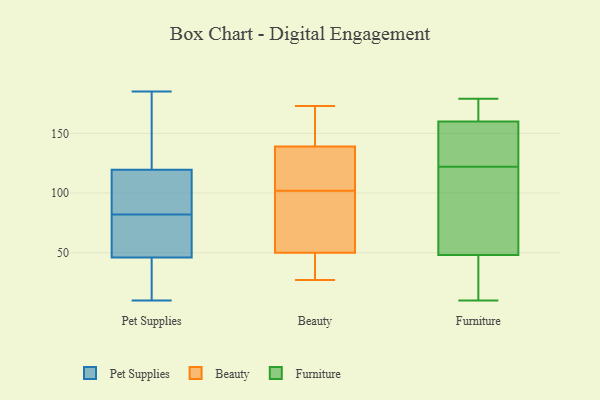
{"axis": {"x": "Budget (USD K)", "y": "Value"}, "legend": ["Beauty", "Furniture", "Pet Supplies"], "data": [{"x": "", "y": 161, "type": "Pet Supplies"}, {"x": "", "y": 93, "type": "Pet Supplies"}, {"x": "", "y": 129, "type": "Pet Supplies"}, {"x": "", "y": 32, "type": "Pet Supplies"}, {"x": "", "y": 48, "type": "Pet Supplies"}, {"x": "", "y": 78, "type": "Pet Supplies"}, {"x": "", "y": 110, "type": "Pet Supplies"}, {"x": "", "y": 30, "type": "Pet Supplies"}, {"x": "", "y": 139, "type": "Pet Supplies"}, {"x": "", "y": 185, "type": "Pet Supplies"}, {"x": "", "y": 10, "type": "Pet Supplies"}, {"x": "", "y": 77, "type": "Pet Supplies"}, {"x": "", "y": 53, "type": "Pet Supplies"}, {"x": "", "y": 44, "type": "Pet Supplies"}, {"x": "", "y": 86, "type": "Pet Supplies"}, {"x": "", "y": 104, "type": "Pet Supplies"}, {"x": "", "y": 173, "type": "Beauty"}, {"x": "", "y": 172, "type": "Beauty"}, {"x": "", "y": 114, "type": "Beauty"}, {"x": "", "y": 27, "type": "Beauty"}, {"x": "", "y": 76, "type": "Beauty"}, {"x": "", "y": 123, "type": "Beauty"}, {"x": "", "y": 48, "type": "Beauty"}, {"x": "", "y": 90, "type": "Beauty"}, {"x": "", "y": 139, "type": "Beauty"}, {"x": "", "y": 50, "type": "Beauty"}, {"x": "", "y": 85, "type": "Furniture"}, {"x": "", "y": 179, "type": "Furniture"}, {"x": "", "y": 80, "type": "Furniture"}, {"x": "", "y": 145, "type": "Furniture"}, {"x": "", "y": 124, "type": "Furniture"}, {"x": "", "y": 11, "type": "Furniture"}, {"x": "", "y": 66, "type": "Furniture"}, {"x": "", "y": 36, "type": "Furniture"}, {"x": "", "y": 14, "type": "Furniture"}, {"x": "", "y": 42, "type": "Furniture"}, {"x": "", "y": 74, "type": "Furniture"}, {"x": "", "y": 171, "type": "Furniture"}, {"x": "", "y": 144, "type": "Furniture"}, {"x": "", "y": 165, "type": "Furniture"}, {"x": "", "y": 10, "type": "Furniture"}, {"x": "", "y": 166, "type": "Furniture"}, {"x": "", "y": 122, "type": "Furniture"}, {"x": "", "y": 125, "type": "Furniture"}, {"x": "", "y": 169, "type": "Furniture"}]}